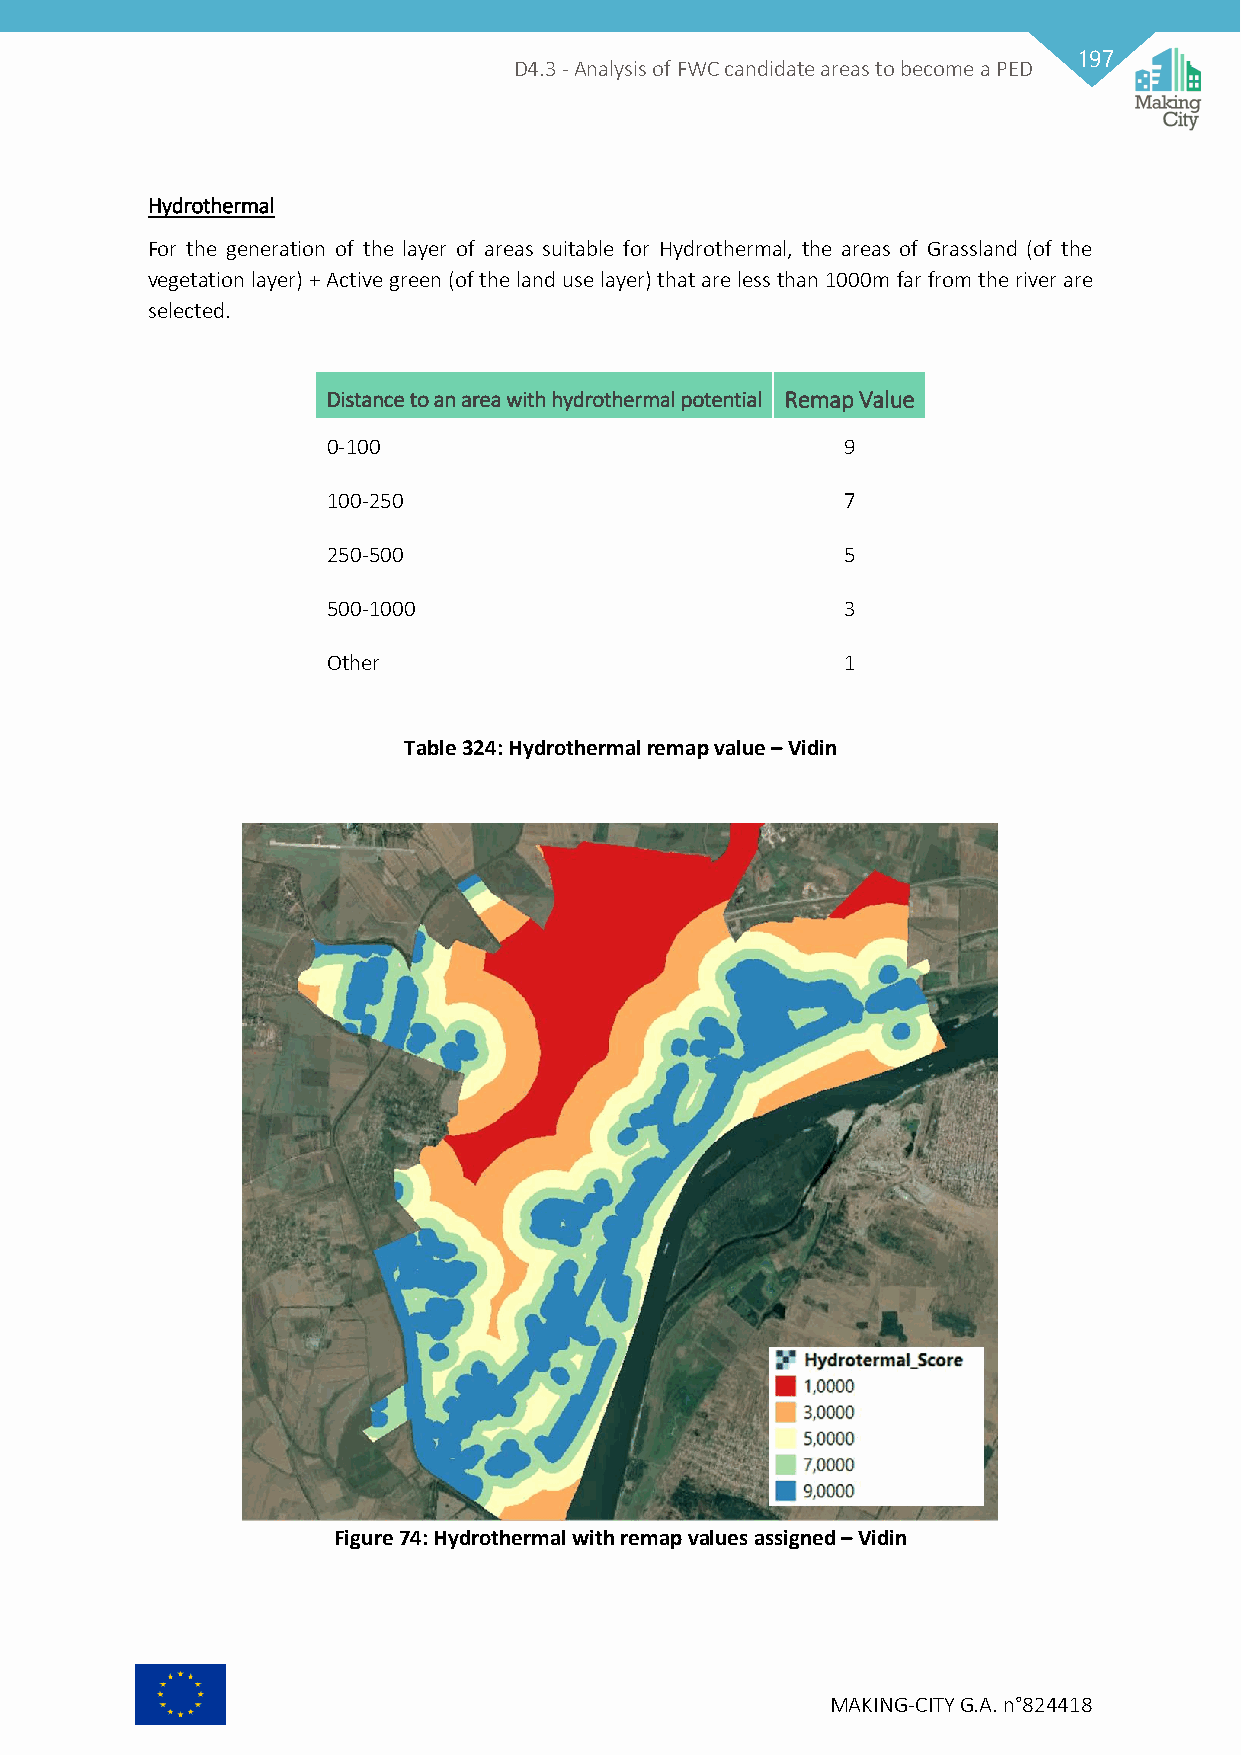
197
 D4.3 - Analysis of FWC candidate areas to become a PED
 Hydrothermal
 For the generation of the layer of areas suitable for Hydrothermal, the areas of Grassland (of the
 vegetation layer) + Active green (of the land use layer) that are less than 1000m far from the river are
 selected.
 Distance to an area with hydrothermal potential Remap Value
 0-100                             9
 100-250                           7
 250-500                           5
 500-1000                          3
 Other                             1
 Table 324: Hydrothermal remap value – Vidin
 Figure 74: Hydrothermal with remap values assigned – Vidin
 MAKING-CITY G.A. n°824418